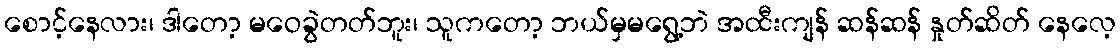
စောင့်နေလား၊ ဒါတော့ မဝေခွဲတတ်ဘူး၊ သူကတော့ ဘယ်မှမရွေ့ဘဲ အထီးကျန် ဆန်ဆန် နှုတ်ဆိတ် နေလေ့